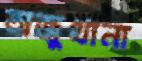
অজুখানা